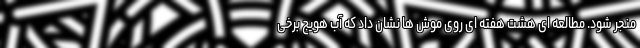
منجر شود. مطالعه ای هشت هفته ای روی موش ها نشان داد که آب هویج برخی